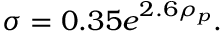
\sigma = 0 . 3 5 e ^ { 2 . 6 \rho _ { p } } .